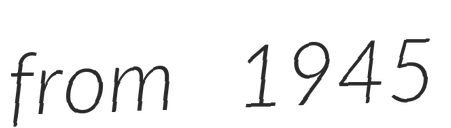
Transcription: from 1945